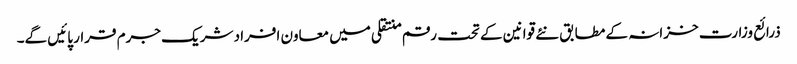
ذرائع وزارت خزانہ کے مطابق نئے قوانین کے تحت رقم منتقلی میں معاون افراد شریک جرم قرار پائیں گے۔